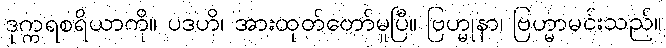
ဒုက္ကရစရိယာကို။ ပဒဟိ၊ အားထုတ်တော်မူပြီ။ ဗြဟ္မုနာ၊ ဗြဟ္မာမင်းသည်။